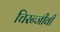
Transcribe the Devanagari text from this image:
चिरन्जीवी